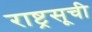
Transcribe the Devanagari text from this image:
राष्ट्रसूची